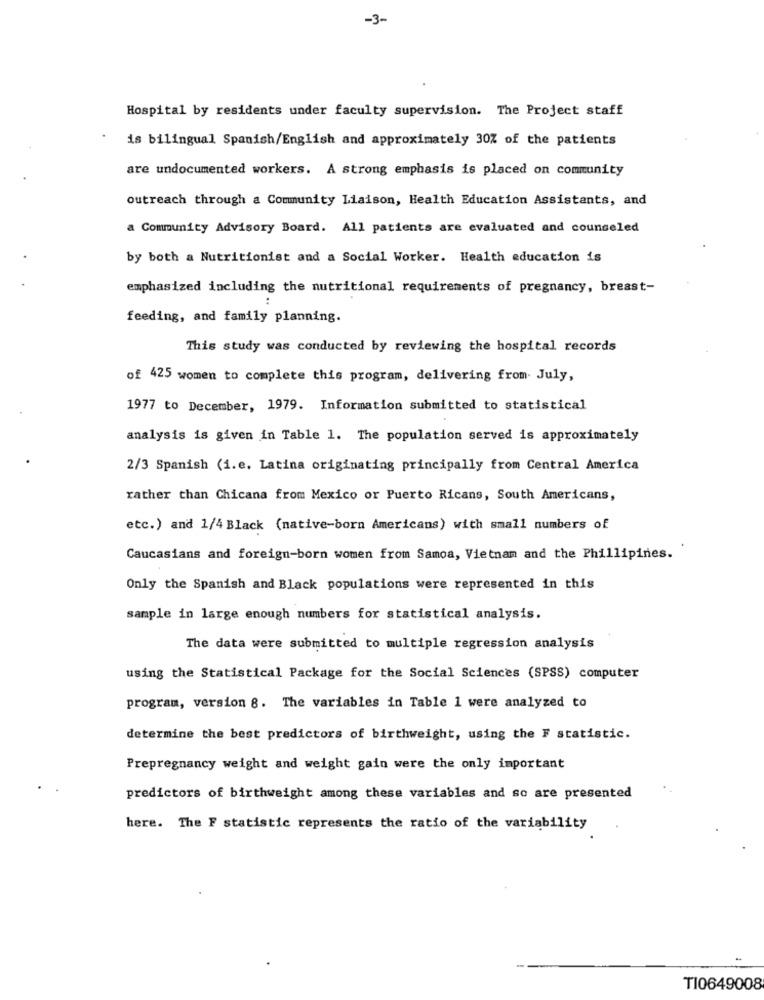
-3-
Hospital by residents under faculty supervision. The Project staff
is bilingual Spanish/English and approximately 30% of the patients
are undocumented workers. A strong emphasis is placed on community
outreach through a Community Liaison, Health Education Assistants, and
a Community Advisory Board. All patients are evaluated and counseled
by both a Nutritionist and a Social Worker. Health education is
emphasized including the nutritional requirements of pregnancy, breast-
feeding, and family planning.
This study was conducted by reviewing the hospital records
of 425 women to complete this program, delivering from- July,
1977 to December, 1979. Information submitted to statistical
analysis is given in Table 1. The population served is approximately
2/3 Spanish (i.e. Latina originating principally from Central America
rather than Chicana from Mexico or Puerto Ricans, South Americans,
etc.) and 1/4 Black (native-born Americans) with small numbers of
Caucasians and foreign-born women from Samoa, Vietnam and the Phillipines.
Only the Spanish and Black populations were represented in this
sample in large enough numbers for statistical analysis.
The data were submitted to multiple regression analysis
using the Statistical Package for the Social Sciences (SPSS) computer
program, version 8. The variables in Table 1 were analyzed to
determine the best predictors of birthweight, using the F statistic.
Prepregnancy weight and weight gain were the only important
predictors of birthweight among these variables and so are presented
here. The F statistic represents the ratio of the variability
T10649008